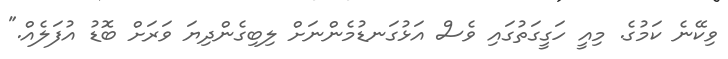
ވިކޭނެ ކަމުގެ. މިއީ ހަގީގަތުގައި ވެސް އަޅުގަނޑުމެންނަށް ލިބިގެންދިޔަ ވަރަށް ބޮޑު އުފަލެއް."